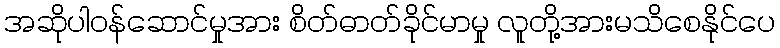
အဆိုပါဝန်ဆောင်မှုအား စိတ်ဓာတ်ခိုင်မာမှု လူတို့အားမသိစေနိုင်ပေ